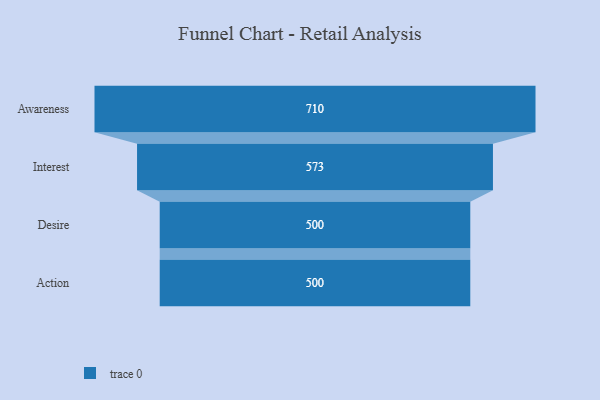
{"axis": {"x": "Stage", "y": "Value"}, "legend": [""], "data": [{"x": "Awareness", "y": 710.0, "type": ""}, {"x": "Interest", "y": 573.0, "type": ""}, {"x": "Desire", "y": 500, "type": ""}, {"x": "Action", "y": 500, "type": ""}]}